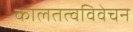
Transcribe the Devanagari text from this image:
कालतत्वविवेचन